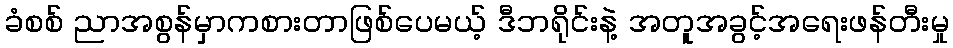
ခံစစ် ညာအစွန်မှာကစားတာဖြစ်ပေမယ့် ဒီဘရိုင်းနဲ့ အတူအခွင့်အရေးဖန်တီးမှု